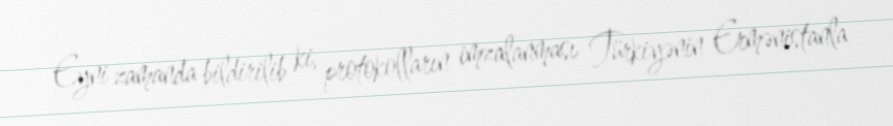
Eyni zamanda bildirilib ki, protokolların imzalanması Türkiyənin Ermənistanla